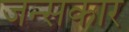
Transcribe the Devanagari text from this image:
जन्सकार